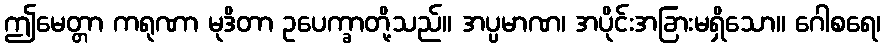
ဤမေတ္တာ ကရုဏာ မုဒိတာ ဥပေက္ခာတို့သည်။ အပ္ပမာဏ၊ အပိုင်းအခြားမရှိသော။ ဂေါစရေ၊